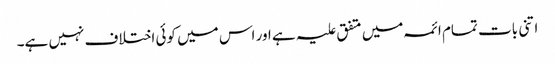
اتنی بات تمام ائمہ میں متفق علیہ ہے اور اس میں کوئی اختلاف نہیں ہے۔